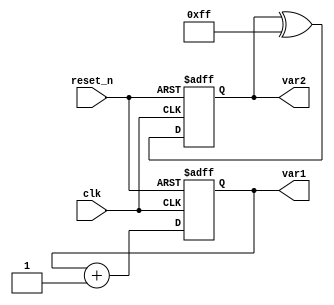
module ParameterFocusedInit #(
    parameter INIT_VALUE1 = 8'hAA, // Default initial value for var1
    parameter INIT_VALUE2 = 8'h55  // Default initial value for var2
)(
    input wire clk,               // Clock signal
    input wire reset_n,          // Active-low reset signal
    output reg [7:0] var1,       // Internal register 1
    output reg [7:0] var2        // Internal register 2
);

    // Initialization block
    always @(posedge clk or negedge reset_n) begin
        if (!reset_n) begin
            // Reset condition - initialize internal variables
            var1 <= INIT_VALUE1;
            var2 <= INIT_VALUE2;
        end else begin
            // Core logic can be defined here
            // For example, a simple counter functionality
            var1 <= var1 + 1; // Increment var1 on each clock cycle
            var2 <= var2 ^ 8'hFF; // Toggle all bits of var2
        end
    end

endmodule